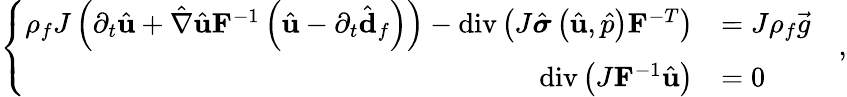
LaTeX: \left\{ \begin{array}{ll}{\begin{array}{rl}{\rho_{f}J\left(\partial_{t}\hat{\mathbf{u}}+\hat{\nabla}\hat{\mathbf{u}}\mathbf{F}^{-1}\left(\hat{\mathbf{u}}-\partial_{t}\hat{\mathbf{d}}_{f}\right)\right)-\operatorname{div}\left(J\hat{\boldsymbol{\sigma}}\left(\hat{\mathbf{u}},\hat{p}\right)\mathbf{F}^{-T}\right)}&{=J\rho_{f}\vec{g}\quad}\\ {\operatorname{div}\left(J\mathbf{F}^{-1}\hat{\mathbf{u}}\right)}&{=0\quad}\end{array}}\end{array}\right.,